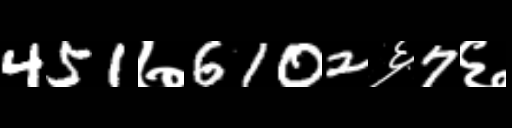
Text: 451७6102६7६